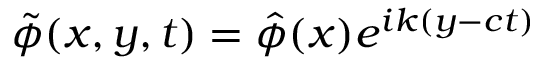
\tilde { \phi } ( x , y , t ) = \hat { \phi } ( x ) e ^ { i k ( y - c t ) }